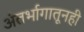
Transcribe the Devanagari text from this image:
अंतर्भागातूनही